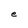
Character: e